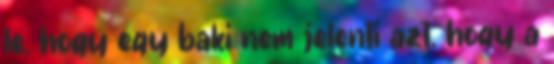
le, hogy egy baki nem jelenti azt, hogy a